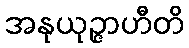
အနုယုဉ္ဇာဟီတိ